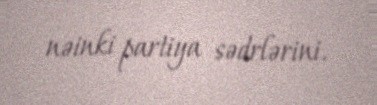
nəinki partiya sədrlərini.